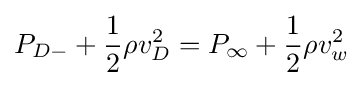
P_{D-}+{\frac {1}{2}}\rho v_{D}^{2}=P_{\infty }+{\frac {1}{2}}\rho v_{w}^{2}